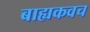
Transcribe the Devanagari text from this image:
बाह्यकवच